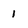
Character: 1